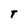
Character: T